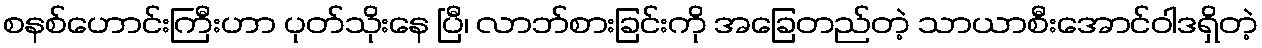
စနစ်ဟောင်းကြီးဟာ ပုတ်သိုးနေ ပြီ၊ လာဘ်စားခြင်းကို အခြေတည်တဲ့ သာယာစီးအောင်ဝါဒရှိတဲ့